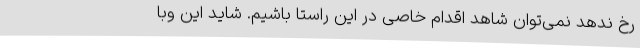
رخ ندهد نمی‌توان شاهد اقدام خاصی در این راستا باشیم. شاید این وبا